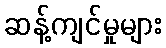
ဆန့်ကျင်မှုများ